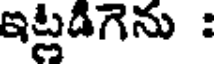
ఇట్లడిగెను :